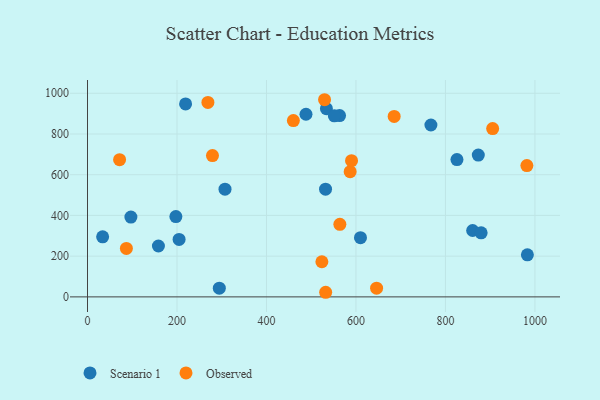
{"axis": {"x": "Engine Size", "y": "Exam Score"}, "legend": ["Observed", "Scenario 1"], "data": [{"x": "873.4", "y": 696.6, "type": "Scenario 1"}, {"x": "534.0", "y": 924.5, "type": "Scenario 1"}, {"x": "204.7", "y": 282.4, "type": "Scenario 1"}, {"x": "294.6", "y": 42.7, "type": "Scenario 1"}, {"x": "488.3", "y": 897.0, "type": "Scenario 1"}, {"x": "860.8", "y": 326.1, "type": "Scenario 1"}, {"x": "197.5", "y": 394.6, "type": "Scenario 1"}, {"x": "983.1", "y": 206.6, "type": "Scenario 1"}, {"x": "610.1", "y": 290.6, "type": "Scenario 1"}, {"x": "33.8", "y": 294.7, "type": "Scenario 1"}, {"x": "307.3", "y": 529.2, "type": "Scenario 1"}, {"x": "532.0", "y": 529.0, "type": "Scenario 1"}, {"x": "219.2", "y": 947.5, "type": "Scenario 1"}, {"x": "563.3", "y": 890.6, "type": "Scenario 1"}, {"x": "158.5", "y": 249.8, "type": "Scenario 1"}, {"x": "767.5", "y": 844.2, "type": "Scenario 1"}, {"x": "879.8", "y": 314.8, "type": "Scenario 1"}, {"x": "551.7", "y": 889.1, "type": "Scenario 1"}, {"x": "825.7", "y": 674.5, "type": "Scenario 1"}, {"x": "97.0", "y": 392.1, "type": "Scenario 1"}, {"x": "460.1", "y": 865.9, "type": "Observed"}, {"x": "646.1", "y": 42.6, "type": "Observed"}, {"x": "982.0", "y": 645.1, "type": "Observed"}, {"x": "71.7", "y": 674.0, "type": "Observed"}, {"x": "269.1", "y": 954.9, "type": "Observed"}, {"x": "587.0", "y": 615.0, "type": "Observed"}, {"x": "590.1", "y": 669.1, "type": "Observed"}, {"x": "564.0", "y": 356.2, "type": "Observed"}, {"x": "523.8", "y": 172.6, "type": "Observed"}, {"x": "279.3", "y": 694.0, "type": "Observed"}, {"x": "529.8", "y": 968.3, "type": "Observed"}, {"x": "685.4", "y": 886.3, "type": "Observed"}, {"x": "532.3", "y": 22.6, "type": "Observed"}, {"x": "905.5", "y": 826.5, "type": "Observed"}, {"x": "86.9", "y": 238.0, "type": "Observed"}]}